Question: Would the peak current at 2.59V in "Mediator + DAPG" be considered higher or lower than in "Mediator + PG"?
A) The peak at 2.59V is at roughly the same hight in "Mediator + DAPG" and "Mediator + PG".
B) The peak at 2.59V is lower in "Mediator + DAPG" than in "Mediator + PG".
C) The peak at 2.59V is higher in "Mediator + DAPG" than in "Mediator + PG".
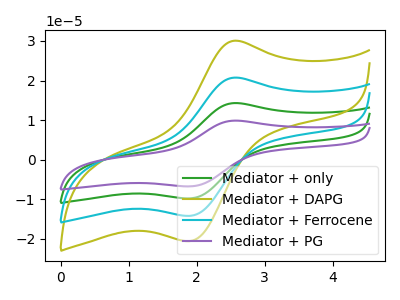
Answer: <think>The green curve "Mediator + only" has an anodic peak at (2.60V, 41.50uA) and a cathodic peak at (1.90V, -28.40uA). The olive curve "Mediator + DAPG" has an anodic peak at (2.60V, 30.05uA) and a cathodic peak at (1.90V, -20.60uA). The cyan curve "Mediator + Ferrocene" has an anodic peak at (2.60V, 20.75uA) and a cathodic peak at (1.90V, -14.20uA). The purple curve "Mediator + PG" has an anodic peak at (2.60V, 62.20uA) and a cathodic peak at (1.90V, -42.65uA).</think>
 <answer>B) The peak at 2.59V is lower in "Mediator + DAPG" than in "Mediator + PG".</answer>
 <eval>B</eval>